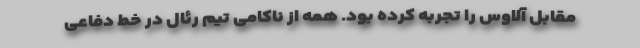
مقابل آلاوس را تجربه کرده بود. همه از ناکامی تیم رئال در خط دفاعی